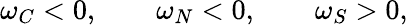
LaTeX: \omega_{C}<0,\qquad\omega_{N}<0,\qquad\omega_{S}>0,